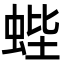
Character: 蜌